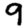
Digit: 9